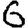
Digit: 6